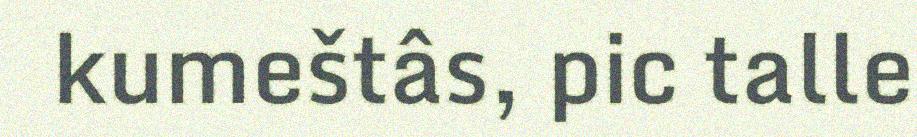
kumeštâs, pic talle